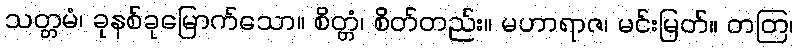
သတ္တမံ၊ ခုနစ်ခုမြောက်သော။ စိတ္တံ၊ စိတ်တည်း။ မဟာရာဇ၊ မင်းမြတ်။ တတြ၊